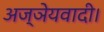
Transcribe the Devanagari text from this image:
अज्ञेयवादी।